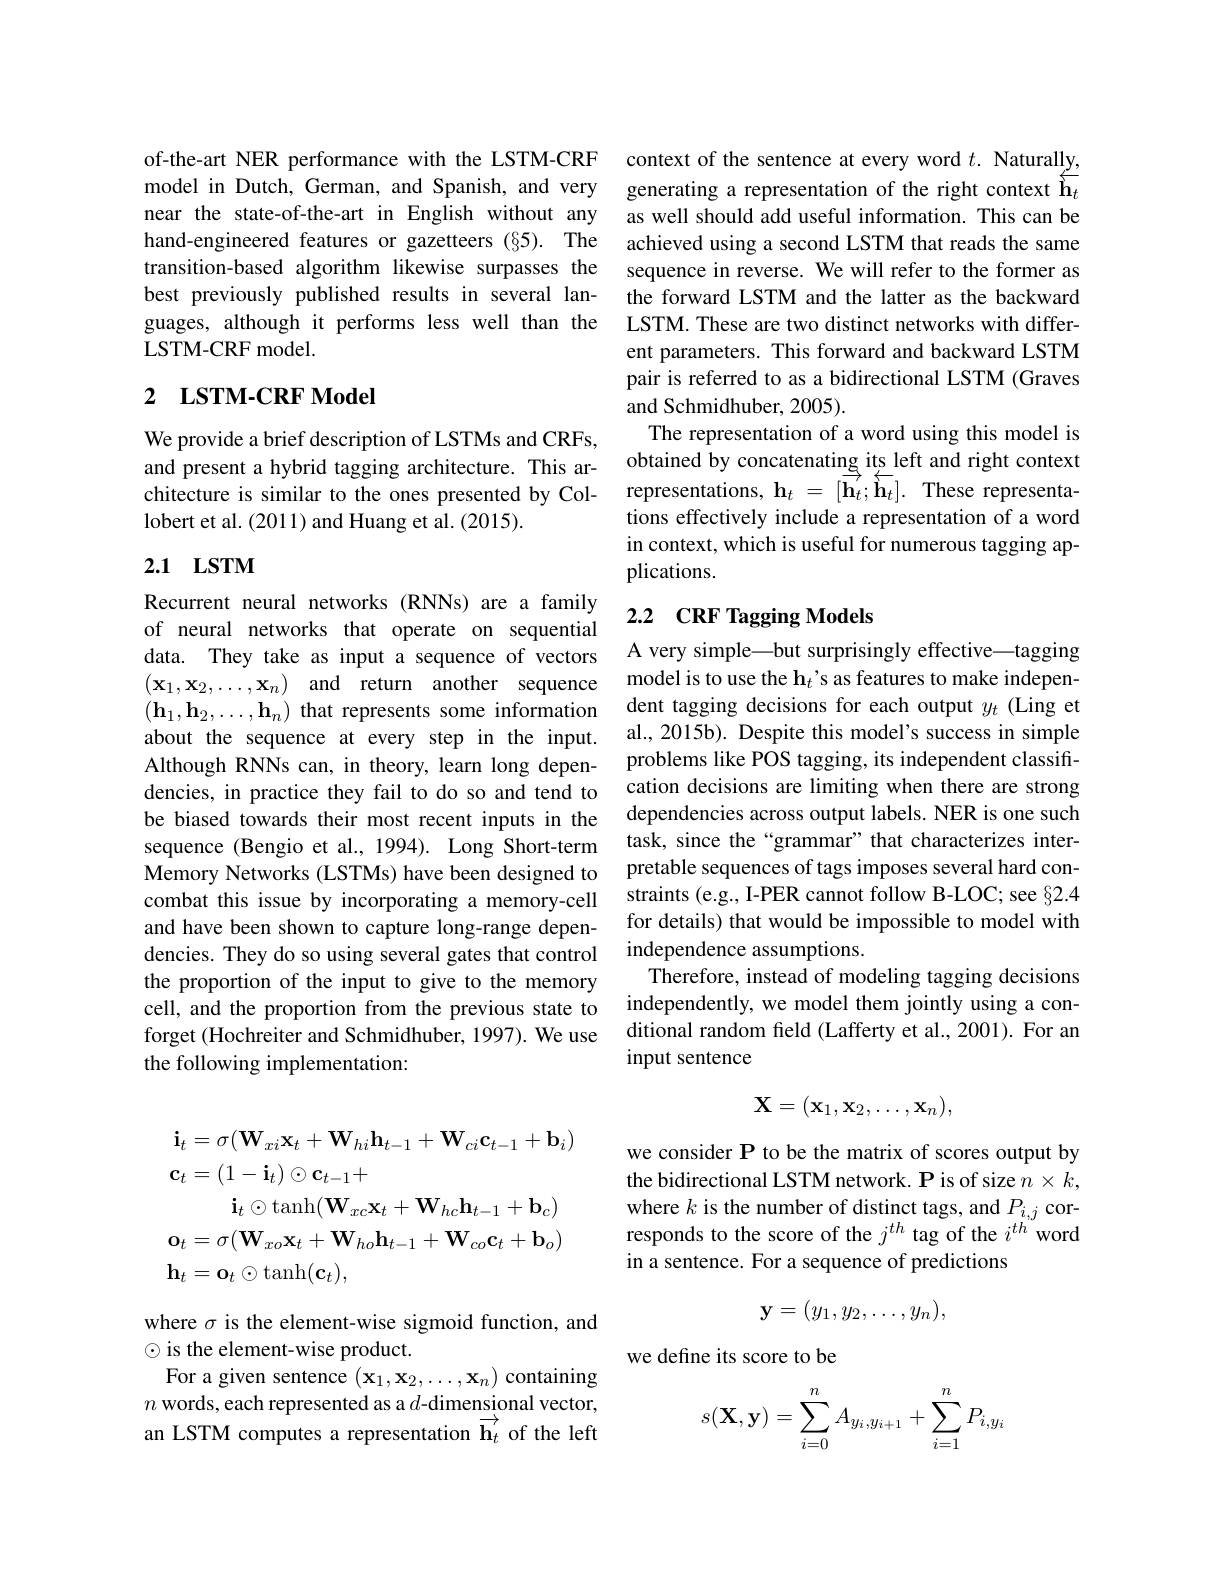
of-the-art NER performance with the LSTM-CRF model in Dutch, German, and Spanish, and very near the state-of-the-art in English without any hand-engineered features or gazetteers (§5). The transition-based algorithm likewise surpasses the best previously published results in several lan- the forward LSTM and the latter as the backward guages, although it performs less well than the LSTM.These are two distinct networks with differLSTM- CRFmodel.

# 2 LSTM-CRF Model

We provide a brief description of LSTMs and CRFs, and present a hybrid tagging architecture. This architecture is similar to the ones presented by Collobert et al. (2011) and Huang et al. (2015).

## 2.1 LSTM

Recurrent neural networks (RNNs) are a family of neural networks that operate on sequential data. They take as input a sequence of vectors $( \mathbf{x} _{1}, \mathbf{x} _{2}, \ldots , \mathbf{x} _{n})$ and return another sequence $(\mathbf{h}_1,\mathbf{h}_2,\ldots,\mathbf{h}_n)$ that represents some information about the sequence at every step in the input. Although RNNs can, in theory, learn long dependencies, in practice they fail to do so and tend to be biased towards their most recent inputs in the sequence (Bengio et al., 1994). Long Short-term Memory Networks (LSTMs) have been designed to combat this issue by incorporating a memory-cell and have been shown to capture long-range dependencies. They do so using several gates that control the proportion of the input to give to the memory cell, and the proportion from the previous state to forget (Hochreiter and Schmidhuber, 1997). We use the following implementation:
$$\begin{aligned}&\mathbf{i}_{t}=\sigma(\mathbf{W}_{xi}\mathbf{x}_{t}+\mathbf{W}_{hi}\mathbf{h}_{t-1}+\mathbf{W}_{ci}\mathbf{c}_{t-1}+\mathbf{b}_{i})\\&\mathbf{c}_{t}=(1-\mathbf{i}_{t})\odot\mathbf{c}_{t-1}+\\&\mathbf{i}_{t}\odot\mathrm{tanh}(\mathbf{W}_{xc}\mathbf{x}_{t}+\mathbf{W}_{hc}\mathbf{h}_{t-1}+\mathbf{b}_{c})\\&\mathbf{o}_{t}=\sigma(\mathbf{W}_{xo}\mathbf{x}_{t}+\mathbf{W}_{ho}\mathbf{h}_{t-1}+\mathbf{W}_{co}\mathbf{c}_{t}+\mathbf{b}_{o})\\&\mathbf{h}_{t}=\mathbf{o}_{t}\odot\mathrm{tanh}(\mathbf{c}_{t}),\end{aligned}$$
where $\sigma$ is the element-wise sigmoid function, and
$\odot$ is the element-wise product.
For a given sentence $(\mathbf{x}_1,\mathbf{x}_2,\ldots,\mathbf{x}_n)$ containing $n$ words, each represented as a $d$-dimensional vector, an LSTM computes a representation $\overrightarrow{\mathbf{h}_t}$ of the left

context of the sentence at every word $t.\text{ Naturally,}\\\text{generating a representation of the right context }\overset{\leftarrow}{\operatorname*{\overset{\operatorname*{h}}}}_{t}$ as well should add useful information. This can be achieved using a second LSTM that reads the same sequence in reverse. We will refer to the former as ent parameters. This forward and backward LSTM pair is referred to as a bidirectional LSTM (Graves and Schmidhuber, 2005).
The representation of a word using this model is obtained by concatenating its left and right context representations, $\mathbf{h} _t$ = $[ \vec{\mathbf{h} } _t; \vec{\mathbf{h} } _t] .$ These representations effectively include a representation of a word in context, which is useful for numerous tagging applications.

# 2.2 CRF Tagging Models

A very simple\_but surprisingly effective\_tagging model is to use the $\mathbf{h}_t’$s as features to make independent tagging decisions for each output $y_t$ (Ling et al., 2015b). Despite this model's success in simple problems like POS tagging, its independent classification decisions are limiting when there are strong dependencies across output labels. NER is one such task, since the“grammar”that characterizes interpretable sequences of tags imposes several hard constraints (e.g., I-PER cannot follow B-LOC; see §2.4 for details) that would be impossible to model with independence assumptions.
Therefore, instead of modeling tagging decisions independently, we model them jointly using a conditional random feld (Lafferty et al., 2001). For an input sentence
$$\mathbf{X}=(\mathbf{x}_1,\mathbf{x}_2,\ldots,\mathbf{x}_n),$$
we consider P to be the matrix of scores output by the bidirectional LSTM network. P is of size $n\times k$, where $k$ is the number of distinct tags, and $P_{i,j}$ corresponds to the score of the $j^{th}$ tag of the $i^{th}$ word in a sentence. For a sequence of predictions
$$\mathbf{y}=(y_1,y_2,\ldots,y_n),$$
we define its score to be
$$\begin{aligned}s(\mathbf{X},\mathbf{y})=\sum_{i=0}^nA_{y_i,y_{i+1}}+\sum_{i=1}^nP_{i,y_i}\end{aligned}$$